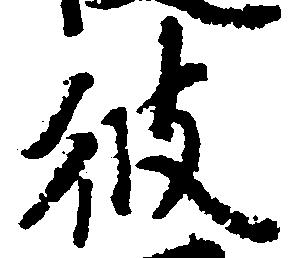
彼